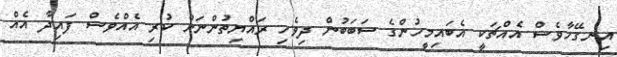
އިނގޭހާވެސް އެއްޗަކީ އެބައިމީހުންގެ ސަބަބުން ދިވެހި ރައްޔިތުންނަށް ކުރި އެއްވެސް ފައިދާ އެއް